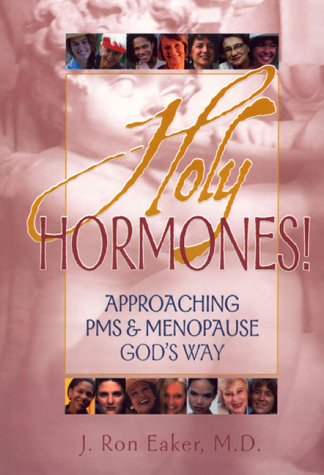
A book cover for Holy Hormones; J. Ron Eaker; Health, Fitness & Dieting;